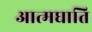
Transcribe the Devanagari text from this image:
आत्मघाति